system: You are a helpful assistant.
user:
Analyze the provided spectrum to determine if it is a **Carbon Star (C-type)**.

- **Key Visual Indicators of Carbon Star:**
    - **(Primary):** Strong molecular absorption from **C₂ (diatomic carbon) "Swan Bands."** This is the **defining feature** of a carbon star.
        - **(Key Bandheads):** Sharp absorption edges are visible at approximately $5635$ Å, $5165$ Å (the strongest band), and $4737$ Å.
        - **(Line Profile):** Creates a distinct **"saw-tooth"** pattern. The key morphology is a sharp, steep bandhead on the **red (long-wavelength) side**, which then gradually tapers off (i.e., flux recovers) towards the **blue (short-wavelength) side**. *(This is the direct opposite of the TiO bands seen in M-type stars)*.

    - **(Secondary):** Intense **CN (cyanogen)** molecular absorption bands.
        - **(Key Bandheads):** Located in the blue and violet regions of the spectrum (e.g., near $4215$ Å and $3883$ Å).
        - **(Morphology):** These bands are extremely broad and act as a "blanket," absorbing the vast majority of blue and violet light. This creates a characteristic **"cliff"** or **"steep drop-off"** in the spectrum's flux at short wavelengths.

    - **(Key Confirmation):** Strong **CH absorption band (G-band)**.
        - **(Key Bandhead):** Located around $4300$ Å. The contribution from CH molecules to this band is exceptionally strong.

    - **(Overall Spectrum):**
        - The continuum is severely "chopped up" by these deep molecular bands, especially C₂, rather than appearing as a smooth curve.
        - Due to the heavy CN and C₂ absorption in the blue-green, the vast majority of the star's flux is concentrated in the red part of the spectrum, giving the star its characteristic deep red color.

Think first, call **spectral_visualization_tool** if needed to examine features in detail, then provide your final answer. Your response must adhere to the following strict rules:
1.  **Overall Structure:** Your response must follow the format `<think>...</think> <tool_call>...</tool_call> (if a tool is used) <answer>...</answer>`.
2.  **Tool Usage Constraint:** You may only make **one** tool call per turn.
3.  **Final Answer Format:** In the `<answer>` tag, your conclusion must be inside a `\boxed{}` command (e.g., `\boxed{YES}`), followed by your justification.

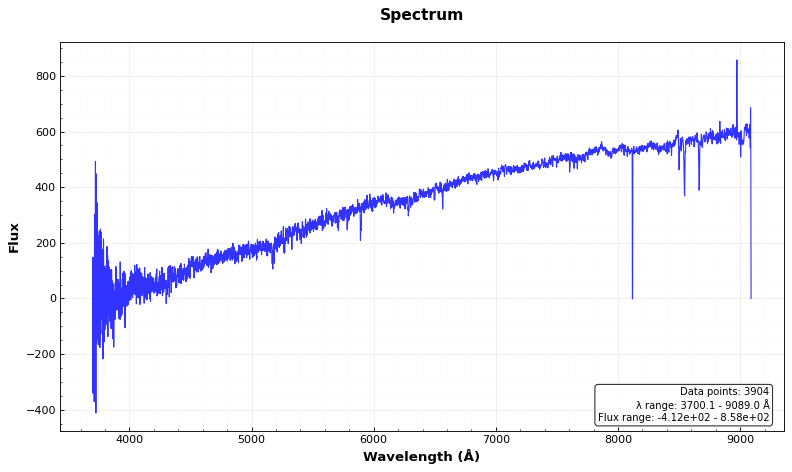
Answer: NO